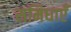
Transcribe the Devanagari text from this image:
समिधाएँ